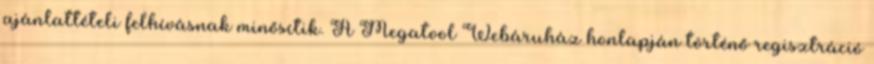
ajánlattételi felhívásnak minősítik. A Megatool Webáruház honlapján történő regisztráció